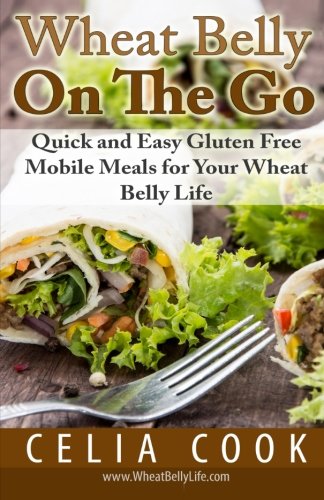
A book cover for Wheat Belly On The Go: Quick & Easy Gluten-Free Mobile Meals for Your Wheat Belly Life (Wheat Belly Diet Series); Celia Cook; Health, Fitness & Dieting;